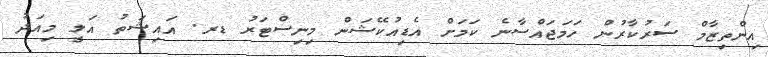
އިންތިޒާމް ސަރުކާރުން ހަމަޖައްސާނެ ކަމަށް އެޑިއުކޭޝަން މިނިސްޓަރު ޑރ. އައިޝަތު އަލީ މިއަދު